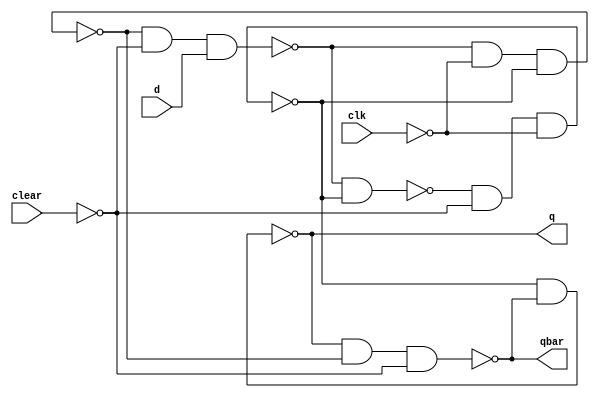
module edge_dff(q, qbar, d, clk, clear); 
output q,qbar;
input d, clk, clear; 
wire s, sbar, r, rbar,cbar;  
assign cbar = ~clear; 
assign  
	sbar = ~(rbar & s),         
	s = ~(sbar & cbar & ~clk),         
	r = ~(rbar & ~clk & s),         
	rbar = ~(r & cbar & d); 
assign  
	q = ~(s & qbar),         
	qbar = ~(q & r & cbar); 
endmodule 
module T_FF(q, clk, clear); 
output q; 
input clk, clear; 
edge_dff ff1(q, ,~q, clk, clear); 
endmodule
module counter(Q , clock, clear); 
output [3:0] Q; 
input clock, clear; 
T_FF tff0(Q[0], clock, clear); 
T_FF tff1(Q[1], Q[0], clear); 
T_FF tff2(Q[2], Q[1], clear); 
T_FF tff3(Q[3], Q[2], clear); 
endmodule